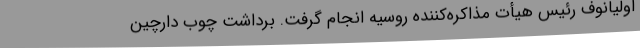
اولیانوف رئیس هیأت مذاکره‌کننده روسیه انجام گرفت. برداشت چوب دارچین